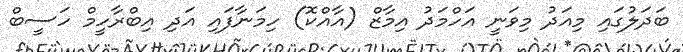
ބަދަލުގައި މިއަދު މިވަނީ އަހްމަދު އިމާޒް (އާއްކޮ) ހިމަނާފައި އަދި އިބްރާހީމް ހަސީބް